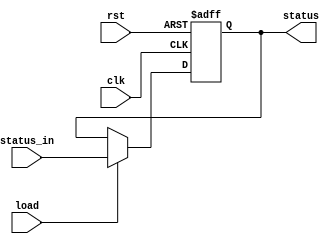
module Status_Register(clk, rst, load, status_in, status);
  input clk, rst, load;
  input [3 : 0] status_in;
  output reg[3: 0] status;

  always@(negedge clk, posedge rst) begin
    if(rst) begin
      status <= 4'b0;
    end
    else if(load) begin
      status <= status_in;
    end
    else begin
      status <= status;
    end
  end

endmodule